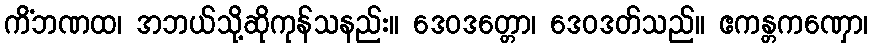
ကိံဘဏထ၊ အဘယ်သို့ဆိုကုန်သနည်း။ ဒေဝဒတ္တော၊ ဒေဝဒတ်သည်။ ဧကန္တကဏှော၊